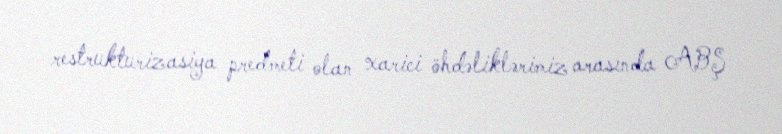
restrukturizasiya predmeti olan xarici öhdəliklərimiz arasında ABŞ